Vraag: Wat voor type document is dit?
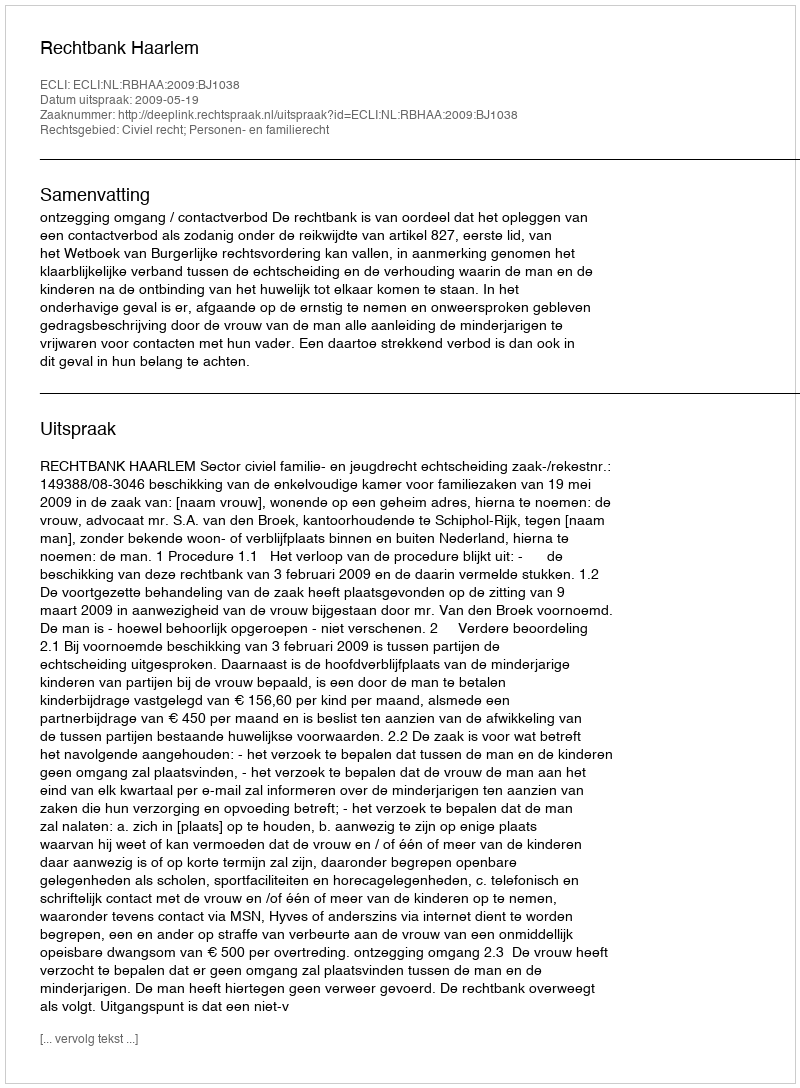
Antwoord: Uitspraak